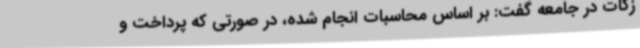
زکات در جامعه گفت: بر اساس محاسبات انجام شده، در صورتی که پرداخت و